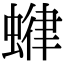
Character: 𧍶